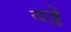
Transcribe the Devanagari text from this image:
वड्डे